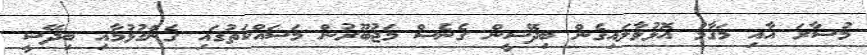
މުސާރަ އާއި މަގާމު އޮޅުވާލައިގެން ބިދޭސީން ގެނެސް މަޖުބޫރުން މަސައްކަތުގައި ގެންގުޅުމާއި ބިދޭސީ